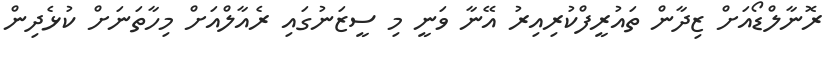
ރޮނާލްޑޯއަށް ޒިދާން ތައުރީފްކުރިއިރު އޭނާ ވަނީ މި ސީޒަނުގައި ރެއާލްއަށް މިހާތަނަށް ކުޅެދިން